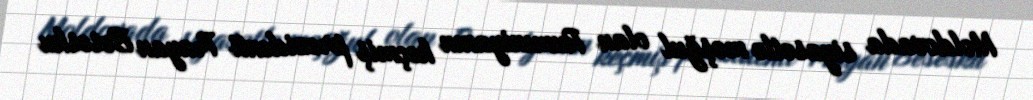
Moldovada siyasətlə məşğul olan Rumıniyanın keçmiş prezidenti Trayan Besesku